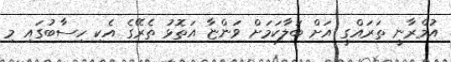
އުމްރާނީ ތަރައްގީ އަށް ބަލާކަމަށް ވަންޏާ އަތޮޅު ތެރޭގެ އެކި ހިސާބުގައި މި